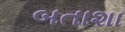
બતાશા